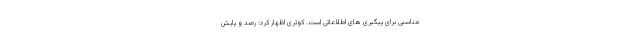
مناسبی برای پیگیری های اطلاعاتی است. کوثری اظهار کرد: رصد و پایش